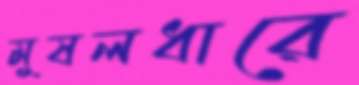
মুষলধারে